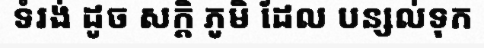
ទំរង់ ដូច សក្តិ ភូមិ ដែល បន្សល់ទុក